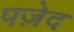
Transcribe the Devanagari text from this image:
पज़ेद